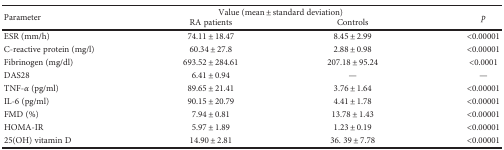
<table><thead><tr><td rowspan="2"><b>Parameter</b></td><td colspan="2"><b>Value (mean ± standard deviation)</b></td><td rowspan="2"><b><i>p</i></b></td></tr><tr><td><b>RA patients</b></td><td><b>Controls</b></td></tr></thead><tbody><tr><td>ESR (mm/h)</td><td>74.11 ± 18.47</td><td>8.45 ± 2.99</td><td>&lt;0.00001</td></tr><tr><td>C-reactive protein (mg/l)</td><td>60.34 ± 27.8</td><td>2.88 ± 0.98</td><td>&lt;0.00001</td></tr><tr><td>Fibrinogen (mg/dl)</td><td>693.52 ± 284.61</td><td>207.18 ± 95.24</td><td>&lt;0.0001</td></tr><tr><td>DAS28</td><td>6.41 ± 0.94</td><td>—</td><td>—</td></tr><tr><td>TNF-<i>α</i> (pg/ml)</td><td>89.65 ± 21.41</td><td>3.76 ± 1.64</td><td>&lt;0.00001</td></tr><tr><td>IL-6 (pg/ml)</td><td>90.15 ± 20.79</td><td>4.41 ± 1.78</td><td>&lt;0.00001</td></tr><tr><td>FMD (%)</td><td>7.94 ± 0.81</td><td>13.78 ± 1.43</td><td>&lt;0.00001</td></tr><tr><td>HOMA-IR</td><td>5.97 ± 1.89</td><td>1.23 ± 0.19</td><td>&lt;0.00001</td></tr><tr><td>25(OH) vitamin D</td><td>14.90 ± 2.81</td><td>36. 39 ± 7.78</td><td>&lt;0.00001</td></tr></tbody></table>